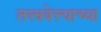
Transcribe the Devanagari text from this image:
तत्त्ववेत्त्याच्या